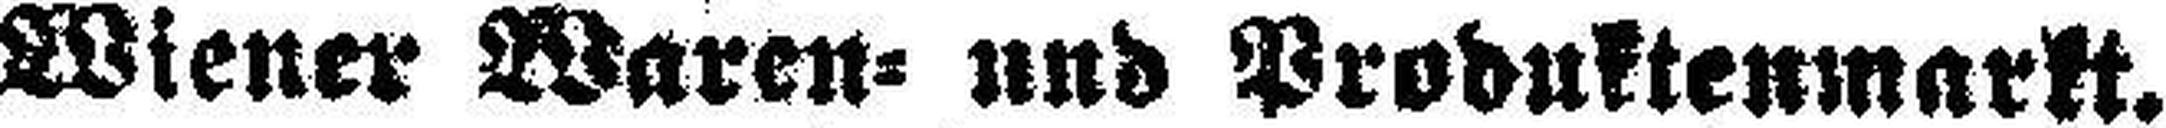
Wiener Waren= und Produktenmarkt.